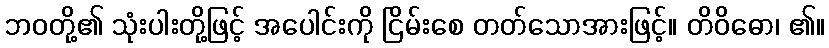
ဘဝတို့၏ သုံးပါးတို့ဖြင့် အပေါင်းကို ငြိမ်းစေ တတ်သောအားဖြင့်။ တိဝိဓော၊ ၏။